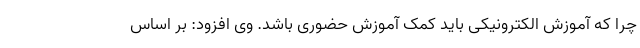
چرا که آموزش الکترونیکی باید کمکِ آموزش حضوری باشد. وی افزود: بر اساس